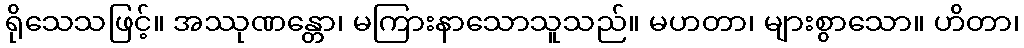
ရိုသေသဖြင့်။ အဿုဏန္တော၊ မကြားနာသောသူသည်။ မဟတာ၊ များစွာသော။ ဟိတာ၊